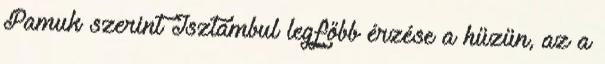
Pamuk szerint Isztambul legfőbb érzése a hüzün, az a